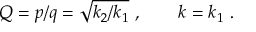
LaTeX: Q = p / q = \sqrt { k _ { 2 } / k _ { 1 } } \ , \ \ \ \ \ \ k = k _ { 1 } \ .